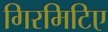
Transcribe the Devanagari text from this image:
गिरमिटिए